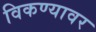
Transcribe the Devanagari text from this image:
विकण्यावर